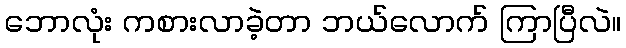
ဘောလုံး ကစားလာခဲ့တာ ဘယ်လောက် ကြာပြီလဲ။